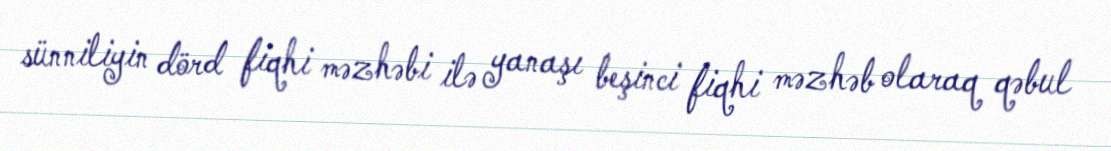
sünniliyin dörd fiqhi məzhəbi ilə yanaşı beşinci fiqhi məzhəb olaraq qəbul